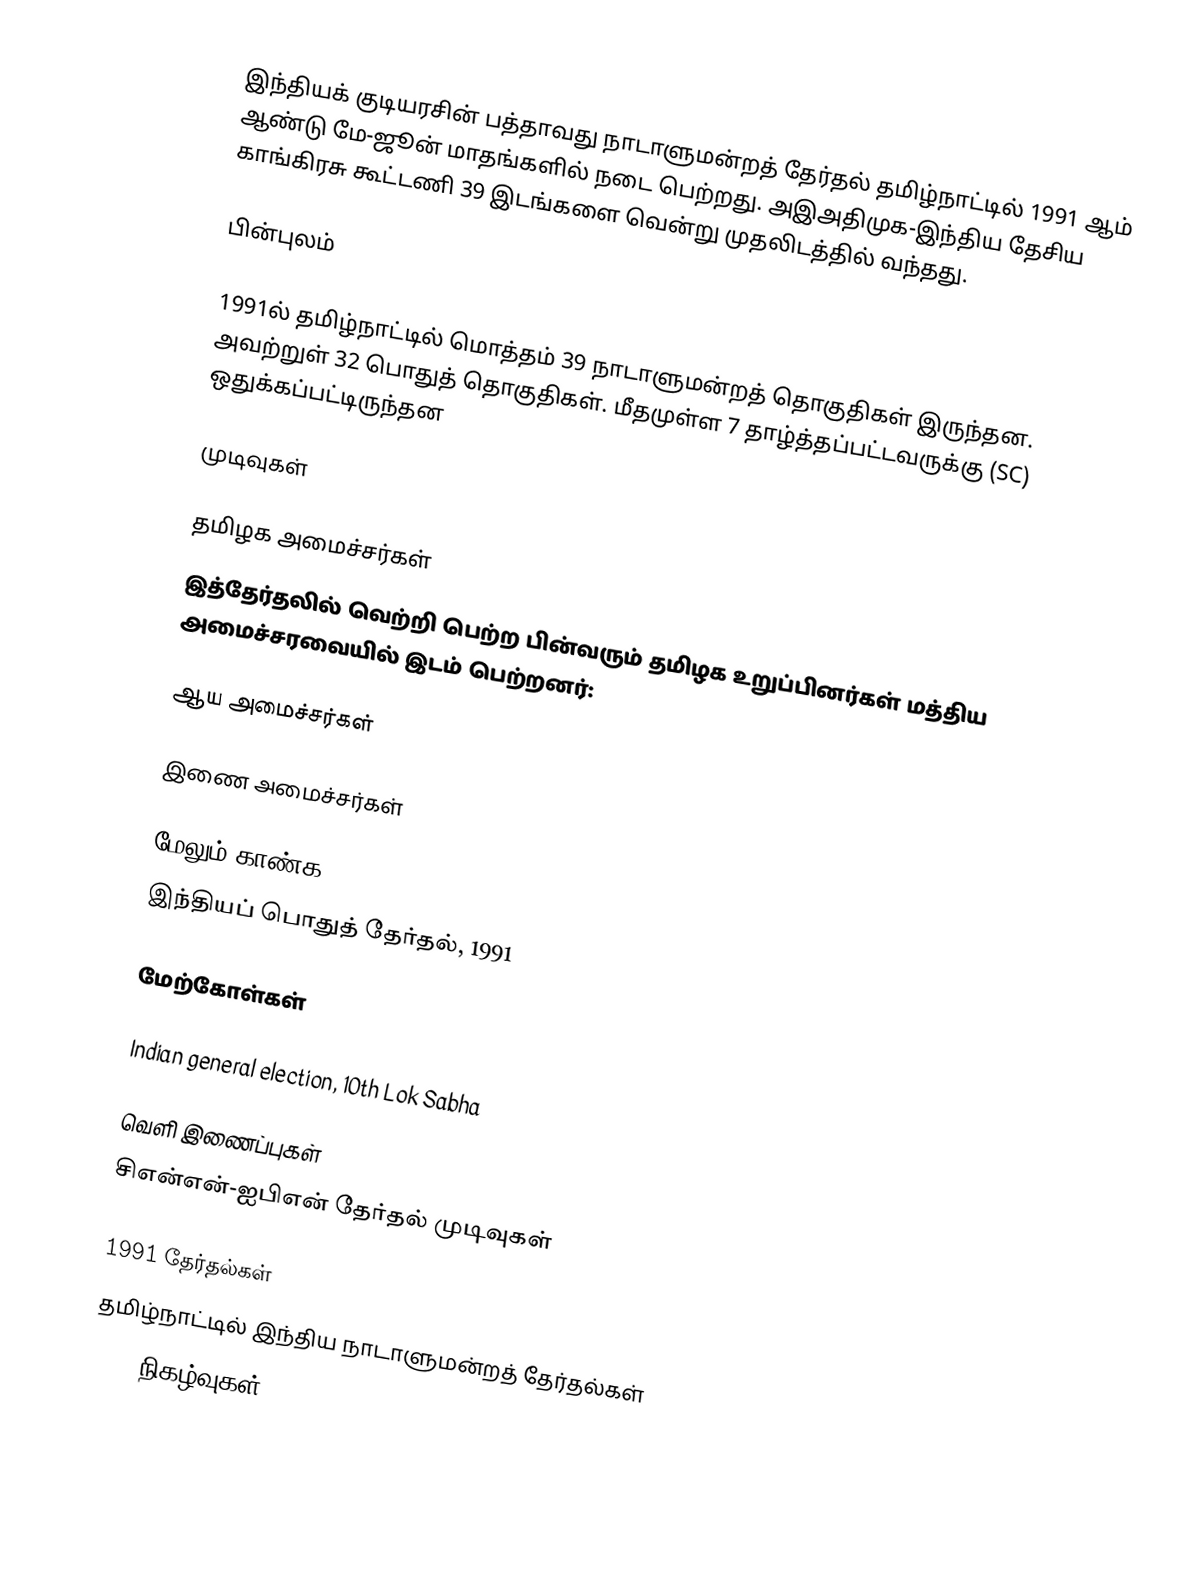
இந்தியக் குடியரசின் பத்தாவது நாடாளுமன்றத் தேர்தல் தமிழ்நாட்டில் 1991 ஆம் ஆண்டு மே-ஜூன் மாதங்களில் நடை பெற்றது. அஇஅதிமுக-இந்திய தேசிய காங்கிரசு கூட்டணி 39 இடங்களை வென்று முதலிடத்தில் வந்தது.

பின்புலம்

1991ல் தமிழ்நாட்டில் மொத்தம் 39 நாடாளுமன்றத் தொகுதிகள் இருந்தன. அவற்றுள் 32 பொதுத் தொகுதிகள். மீதமுள்ள 7 தாழ்த்தப்பட்டவருக்கு (SC) ஒதுக்கப்பட்டிருந்தன

முடிவுகள்

தமிழக அமைச்சர்கள்
இத்தேர்தலில் வெற்றி பெற்ற பின்வரும் தமிழக உறுப்பினர்கள் மத்திய அமைச்சரவையில் இடம் பெற்றனர்:

ஆய அமைச்சர்கள்

இணை அமைச்சர்கள்

மேலும் காண்க
இந்தியப் பொதுத் தேர்தல், 1991

மேற்கோள்கள்

Indian general election, 10th Lok Sabha

வெளி இணைப்புகள்
 சிஎன்என்-ஐபிஎன் தேர்தல் முடிவுகள்

1991 தேர்தல்கள்
தமிழ்நாட்டில் இந்திய நாடாளுமன்றத் தேர்தல்கள்
1991 நிகழ்வுகள்